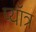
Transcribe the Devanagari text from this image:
प्यॉत्र